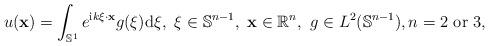
LaTeX: \begin{align*} u(\mathbf x)=\int_{\mathbb S^{1}} e^{\mathrm{i}k\xi\cdot \mathbf{x}}g (\xi)\mathrm d\xi,\ \xi \in \mathbb S^{n-1},\ \mathbf{x} \in \mathbb{R}^n,\ g \in L^{2}(\mathbb S^{n-1}), n= 2 \mbox{ or }3, \end{align*}